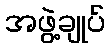
အဖွဲ့ချုပ်